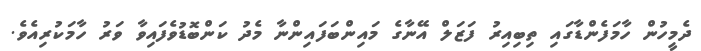
ދެމީހުން ހާމަފެންޑާގައި ތިބިއިރު ފަޒަލް އޭނާގެ މައިންބަފައިންނާ މެދު ކަންބޮޑުވެފައިވާ ވަރު ހާމަކުރިއެވެ.